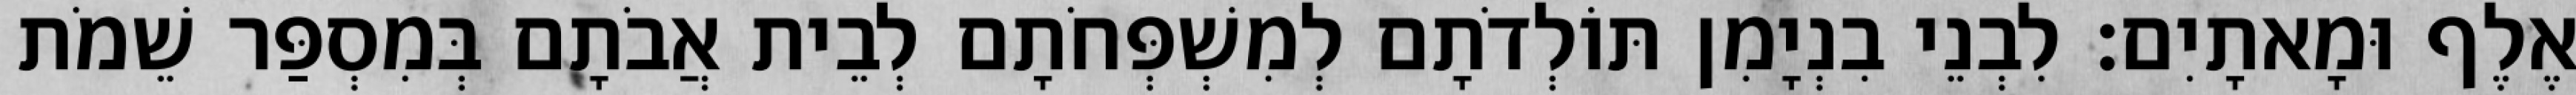
אֶלֶף וּמָאתָיִם׃ לִבְנֵי בִנְיָמִן תּוֹלְדֹתָם לְמִשְׁפְּחֹתָם לְבֵית אֲבֹתָם בְּמִסְפַּר שֵׁמֹת